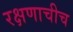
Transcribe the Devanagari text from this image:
रक्षणाचीच